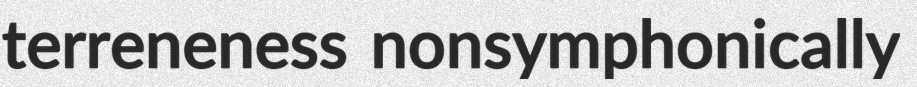
terreneness nonsymphonically